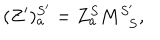
( Z ^ { \prime } ) _ { a } ^ { S ^ { \prime } } = Z _ { a } ^ { S } M _ { \; \; S } ^ { S ^ { \prime } } ,